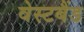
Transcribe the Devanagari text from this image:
वेस्टबैंड